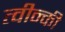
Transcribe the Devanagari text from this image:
त्वीन्की